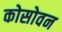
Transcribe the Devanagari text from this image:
कोसोवन